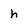
Character: h